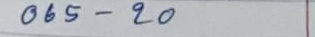
065 - 20